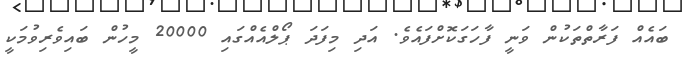
ބައެއް ފަރާތްތަކުން ވަނީ ފާހަގަކޮށްފައެވެ. އަދި މިފަދަ ޕޯލްއެއްގައި 20000 މީހުން ބައިވެރިވުމަކީ